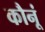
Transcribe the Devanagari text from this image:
कौनूं